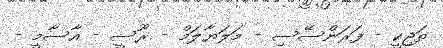
ތަޖިކީ - ފަރަންސޭސި - މަލަޔާލަމް - ރޫސީ - އާސާމީ -